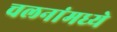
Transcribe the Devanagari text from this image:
चलनांमध्ये